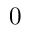
0